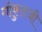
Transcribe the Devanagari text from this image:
गोकुलजी